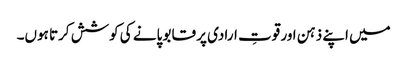
میں اپنے ذہن اور قوتِ ارادی پر قابو پانے کی کوشش کرتا ہوں۔